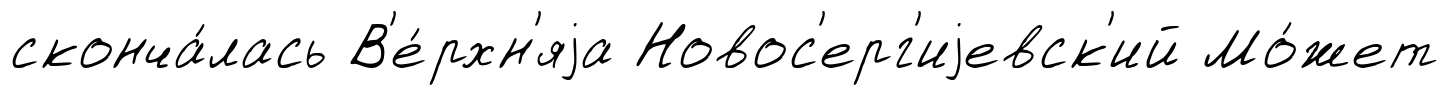
сконча́лась В'е́рхн'яjа Новос'ерг'иjевск'ий Мо́жет